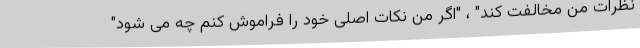
نظرات من مخالفت کند" ، "اگر من نکات اصلی خود را فراموش کنم چه می شود"